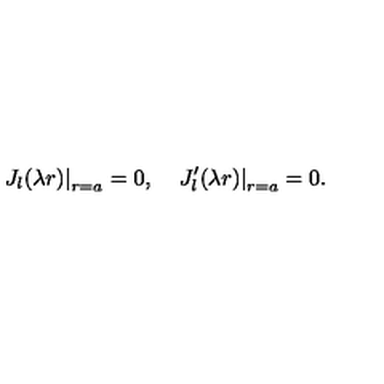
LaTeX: \left. J _ { l } ( \lambda r ) \right| _ { r = a } = 0 { , } \quad \left. J _ { l } ^ { \prime } ( \lambda r ) \right| _ { r = a } = 0 { . }